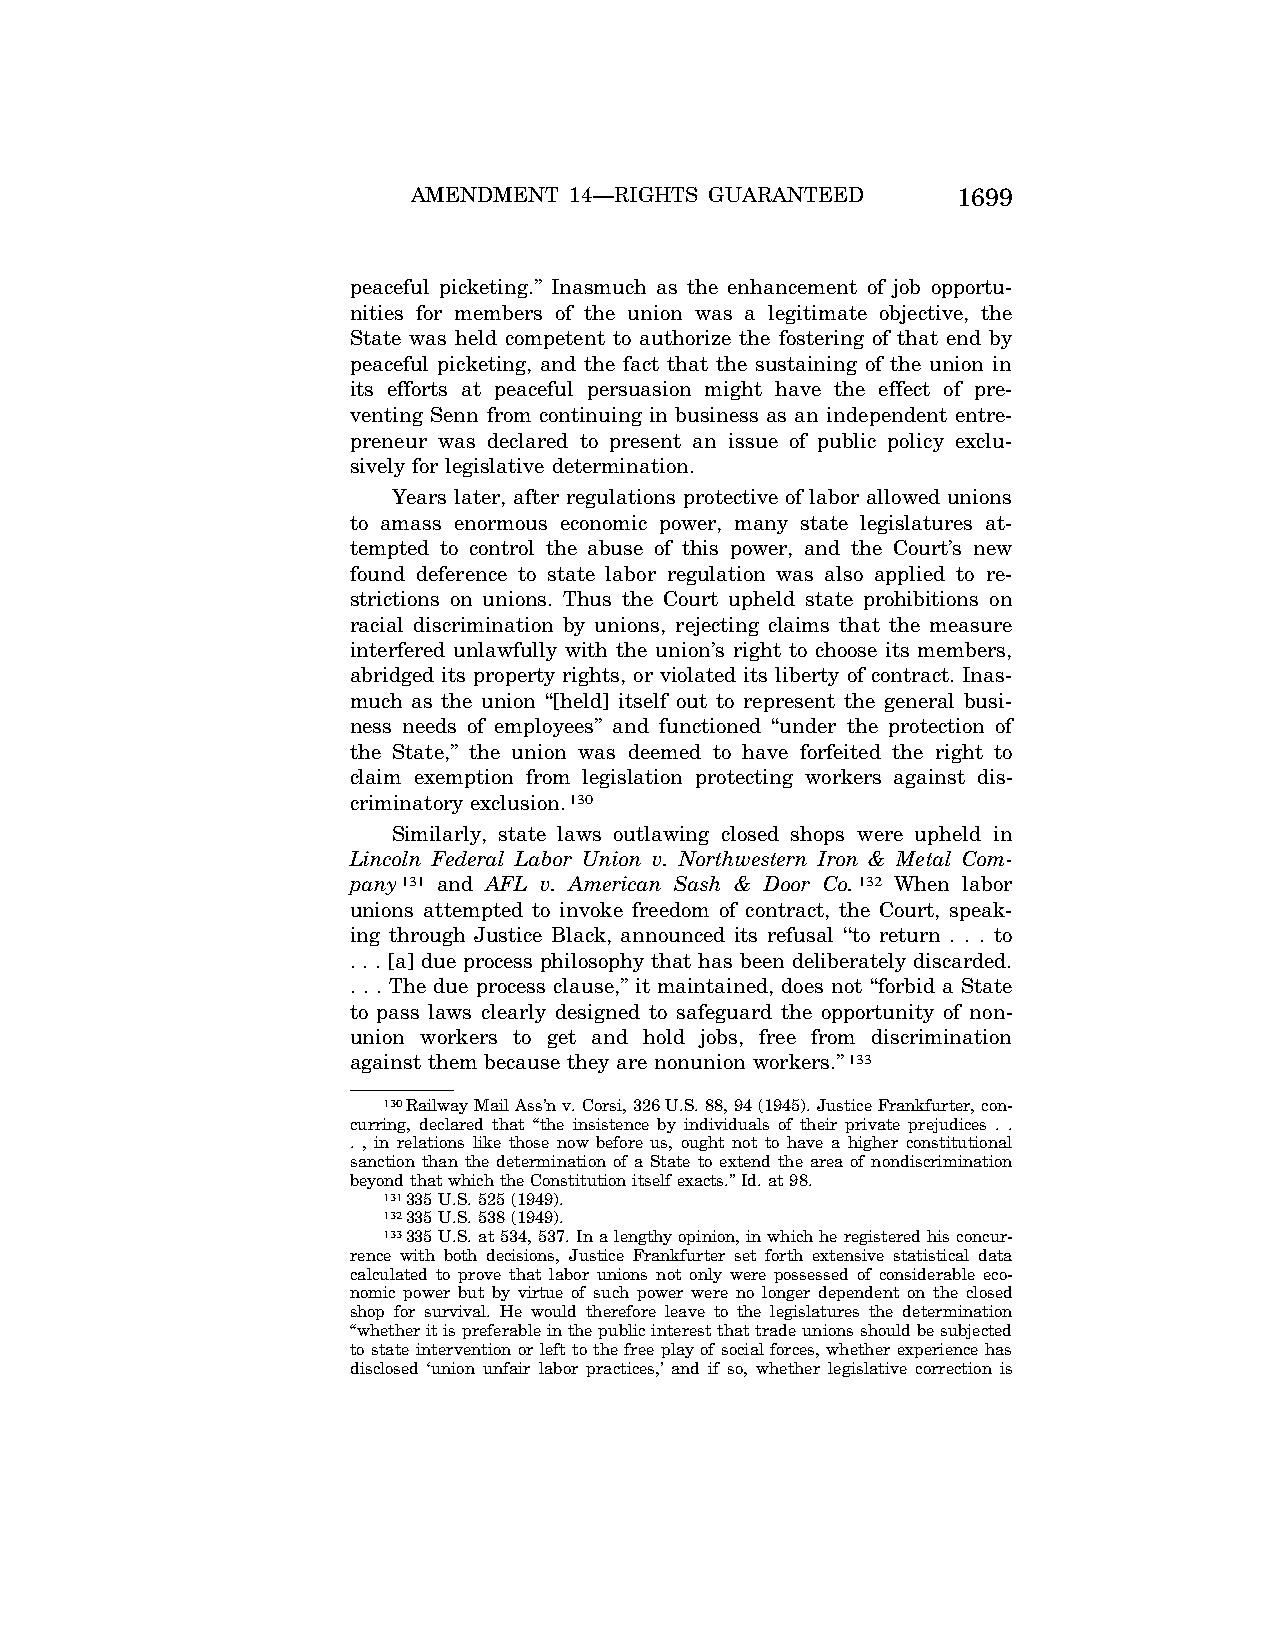
AMENDMENT  14—RIGHTS GUARANTEED     1699
 peaceful picketing.’’ Inasmuch as the enhancement of job opportu-
 nities for members of the union was a legitimate objective, the
 State was held competent to authorize the fostering of that end by
 peaceful picketing, and the fact that the sustaining of the union in
 its efforts at peaceful persuasion might have the effect of pre-
 venting Senn from continuing in business as an independent entre-
 preneur was declared to present an issue of public policy exclu-
 sively for legislative determination.
 Years later, after regulations protective of labor allowed unions
 to amass enormous economic power, many state legislatures at-
 tempted to control the abuse of this power, and the Court’s new
 found deference to state labor regulation was also applied to re-
 strictions on unions. Thus the Court upheld state prohibitions on
 racial discrimination by unions, rejecting claims that the measure
 interfered unlawfully with the union’s right to choose its members,
 abridged its property rights, or violated its liberty of contract. Inas-
 much as the union ‘‘[held] itself out to represent the general busi-
 ness needs of employees’’ and functioned ‘‘under the protection of
 the State,’’ the union was deemed to have forfeited the right to
 claim exemption from legislation protecting workers against dis-
 criminatory exclusion.130
 Similarly, state laws outlawing closed shops were upheld in
 Lincoln Federal Labor Union v. Northwestern Iron & Metal Com-
 pany131 and AFL v. American Sash & Door Co.132 When labor
 unions attempted to invoke freedom of contract, the Court, speak-
 ing through Justice Black, announced its refusal ‘‘to return . . . to
 . . . [a] due process philosophy that has been deliberately discarded.
 . . . The due process clause,’’ it maintained, does not ‘‘forbid a State
 to pass laws clearly designed to safeguard the opportunity of non-
 union workers to get and hold jobs, free from discrimination
 against them because they are nonunion workers.’’133
 130Railway Mail Ass’n v. Corsi, 326 U.S. 88, 94 (1945). Justice Frankfurter, con-
 curring, declared that ‘‘the insistence by individuals of their private prejudices . .
 . , in relations like those now before us, ought not to have a higher constitutional
 sanction than the determination of a State to extend the area of nondiscrimination
 beyond that which the Constitution itself exacts.’’ Id. at 98.
 131335 U.S. 525 (1949).
 132335 U.S. 538 (1949).
 133335 U.S. at 534, 537. In a lengthy opinion, in which he registered his concur-
 rence with both decisions, Justice Frankfurter set forth extensive statistical data
 calculated to prove that labor unions not only were possessed of considerable eco-
 nomic power but by virtue of such power were no longer dependent on the closed
 shop for survival. He would therefore leave to the legislatures the determination
 ‘‘whether it is preferable in the public interest that trade unions should be subjected
 to state intervention or left to the free play of social forces, whether experience has
 disclosed ‘union unfair labor practices,’ and if so, whether legislative correction is
 VerDate Jul<13>2004 05:44 Jul 13, 2004 Jkt 000000 PO 00000 Frm 00029 Fmt 8222 Sfmt 8222 \\GSDDPC41\YOURS-AND-MINE\CON046.SGM CON046